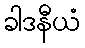
ခါဒနီယံ